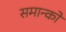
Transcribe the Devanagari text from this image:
समान्को